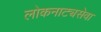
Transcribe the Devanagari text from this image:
लोकनाट्यसेवा